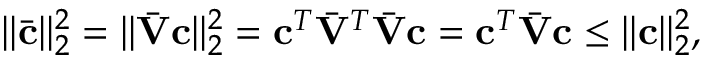
| | \bar { \mathbf { c } } | | _ { 2 } ^ { 2 } = | | \bar { \mathbf { V } } \mathbf { c } | | _ { 2 } ^ { 2 } = \mathbf { c } ^ { T } \bar { \mathbf { V } } ^ { T } \bar { \mathbf { V } } \mathbf { c } = \mathbf { c } ^ { T } \bar { \mathbf { V } } \mathbf { c } \leq | | \mathbf { c } | | _ { 2 } ^ { 2 } ,